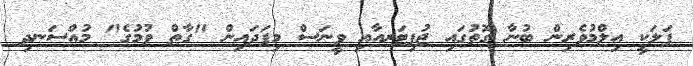
ފަލަކީ އިލްމުވެރިން ބުނާ ގޮތުގައި ޖުޕިޓަރއާއި ވީނަސް މިފަދައިން "ގާތް ވުމުގެ" މުއްސަނދި